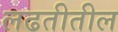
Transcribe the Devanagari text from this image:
लढतीतील